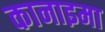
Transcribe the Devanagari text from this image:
कानाइमा